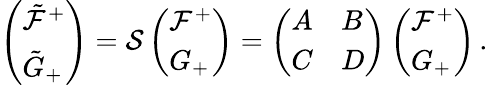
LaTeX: \left(\begin{array}{l}{{\tilde{\mathcal{F}}^{+}}}\\ {{\tilde{G}_{+}}}\end{array}\right)=\mathcal{S}\left(\begin{array}{l}{{\mathcal{F}^{+}}}\\ {{G_{+}}}\end{array}\right)=\left(\begin{array}{ll}{{A}}&{{B}}\\ {{C}}&{{D}}\end{array}\right)\left(\begin{array}{l}{{\mathcal{F}^{+}}}\\ {{G_{+}}}\end{array}\right)\, .